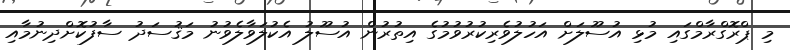
މި ޕްރޮގްރާމްގައި މުޅި އުސޫލަށް އަހުލުވެރިކުރުވުމުގެ އިތުރުން އުސޫލު އެކުލަވާލެވުނު މަޤުސަދު ސާފުކޮށްދިނުމާއި